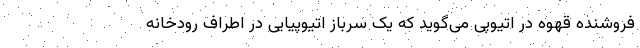
فروشنده قهوه در اتیوپی می‌گوید که یک سرباز اتیوپیایی در اطراف رودخانه